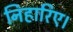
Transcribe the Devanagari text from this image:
निहारिए।